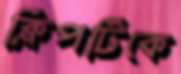
ক্লিপটিকে